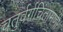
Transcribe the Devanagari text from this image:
चतुर्वर्गचिंतामणी